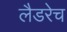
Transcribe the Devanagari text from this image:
लैडरेच